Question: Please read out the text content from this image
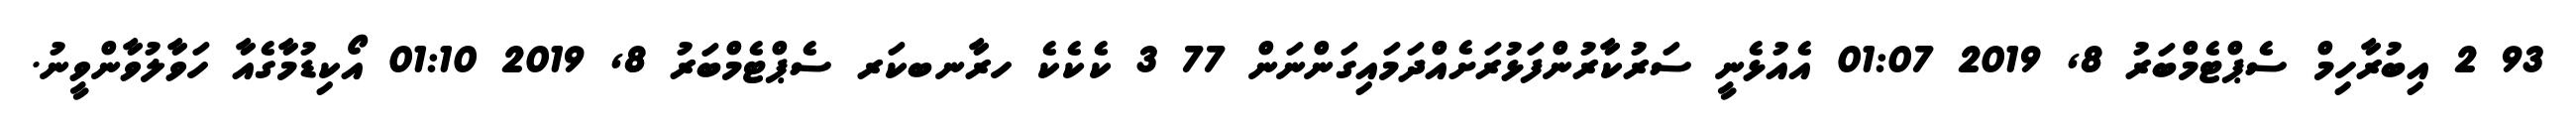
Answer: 93 2 އިބުރާހިމް ސެޕްޓެމްބަރު 8, 2019 01:07 އެއުޅެނީ ސަރުކާރުންފަޅުރަށެއްދަމައިގަންނަން 77 3 ކެކެކެ ހރާނބކަރ ސެޕްޓެމްބަރު 8, 2019 01:10 އޯކިޑުމާގެއާ ހަވާލުވާންވީނު.